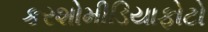
કરશોમીડિયાફોટો